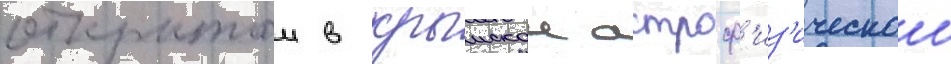
открытои в крымскои астроф'из'ическои